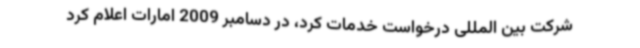
شرکت بین المللی درخواست خدمات کرد، در دسامبر 2009 امارات اعلام کرد